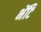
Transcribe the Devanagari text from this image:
भेंटि